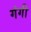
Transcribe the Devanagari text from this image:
गंगी